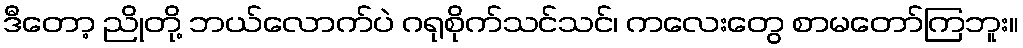
ဒီတော့ ညိုတို့ ဘယ်လောက်ပဲ ဂရုစိုက်သင်သင်၊ ကလေးတွေ စာမတော်ကြဘူး။